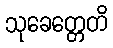
သုခေတ္တေတိ